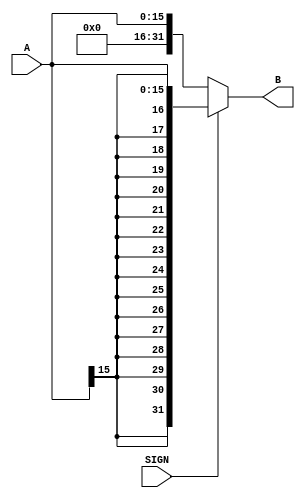
module Extend #(parameter WIDTH = 16)
(
    A,
    B,
    SIGN
);
    input [WIDTH - 1:0]A;
    input SIGN;

    output [31:0]B;

    assign B = SIGN? {{(32-WIDTH){A[WIDTH - 1]}},A} : {{(32-WIDTH){1'b0}},A};
endmodule